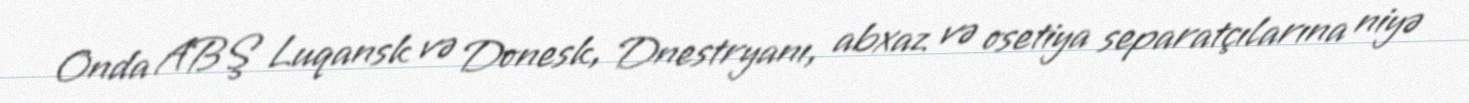
Onda ABŞ Luqansk və Donesk, Dnestryanı, abxaz və osetiya separatçılarına niyə